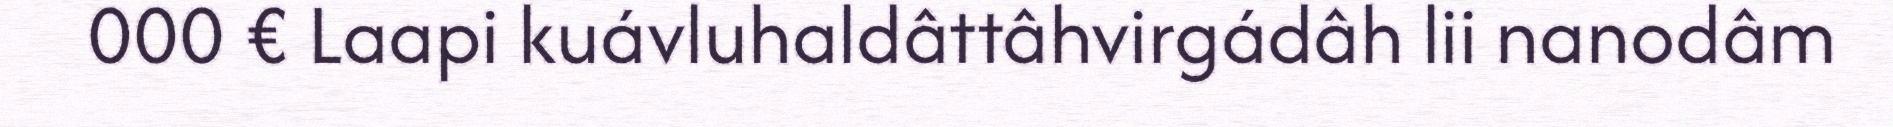
000 € Laapi kuávluhaldâttâhvirgádâh lii nanodâm